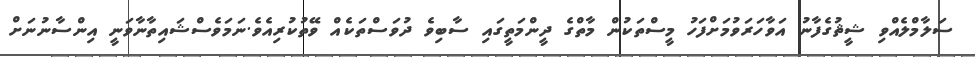
ސަލާމްލެއްވި ޝީޘުގެފާނު އަވާހަރަވުމަށްފަހު މީސްތަކުން މާތްގެ ދީންމަތީގައި ސާބިވެ ދުވަސްތަކެއް ވޭތުކުރިއެވެ.ނަމަވެސްޝައިތާނާވަނީ އިންސާނުނަށް